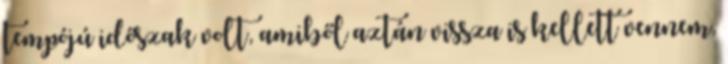
tempójú időszak volt, amiből aztán vissza is kellett vennem,